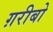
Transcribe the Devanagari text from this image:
ग़रीबो